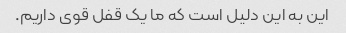
این به این دلیل است که ما یک قفل قوی داریم.